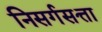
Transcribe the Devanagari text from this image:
निसर्गसत्ता